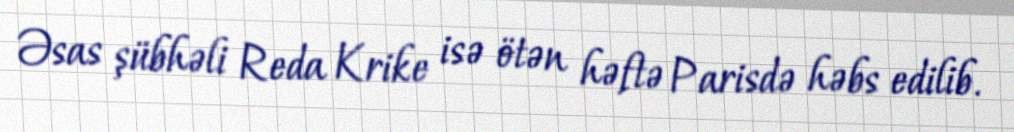
Əsas şübhəli Reda Krike isə ötən həftə Parisdə həbs edilib.